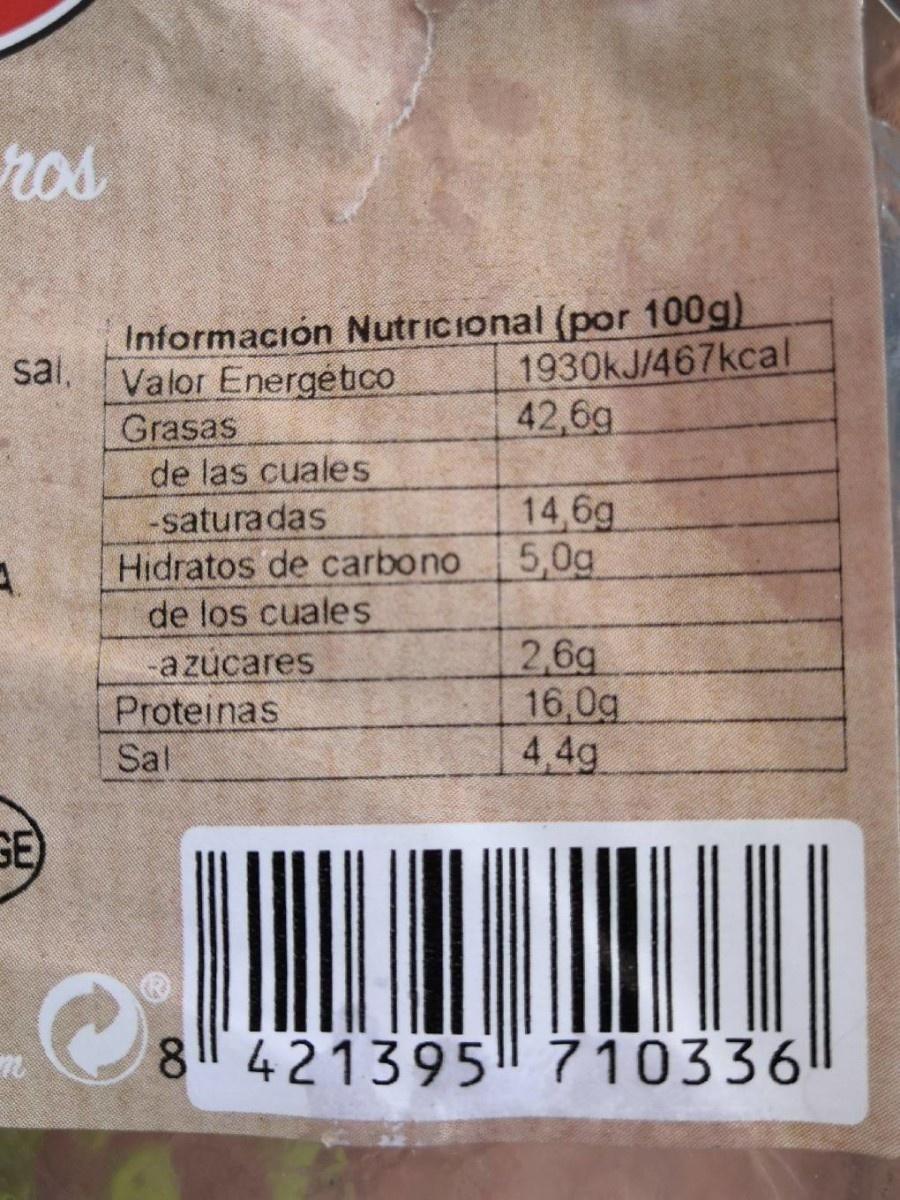
ros
Información Nutricional (por 100g) Valor Energético Grasas de las cuales
1930KJ/467kcal 42,6g
sal,
14,6g 5,0g
-saturadas
Hidratos de carbono
de los cuales -azucares Proteinas Sal
2,6g 16,0g 4,4g
GE)
8 421395 710336